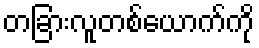
တခြားလူတစ်ယောက်ကို